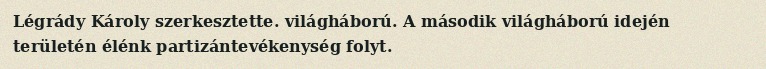
Légrády Károly szerkesztette. világháború. A második világháború idején területén élénk partizántevékenység folyt.